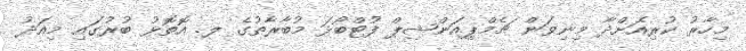
މިހާރު ކުރިއަށްދާ މިނިވަން ޗެމްޕިއަންޝިޕް ފުޓްބޯޅަ މުބާރާތުގެ ލ. އޮތޮޅު ބުރުގައި މިއަދު